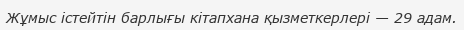
Жұмыс істейтін барлығы кітапхана қызметкерлері — 29 адам.